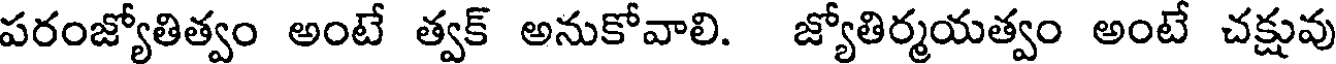
పరంజ్యోతిత్వం అంటే త్వక్ అనుకోవాలి. జ్యోతిర్మయత్వం అంటే చక్షువు